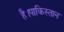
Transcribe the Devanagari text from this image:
है।पाकिस्तान